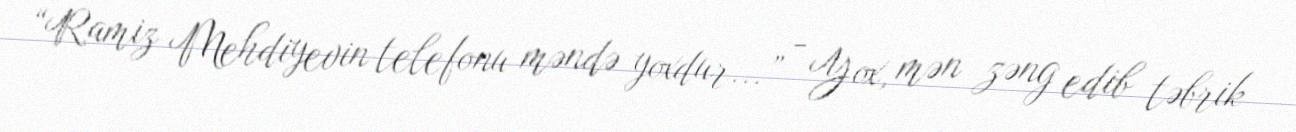
“Ramiz Mehdiyevin telefonu məndə yoxdur...” - Yox, mən zəng edib təbrik